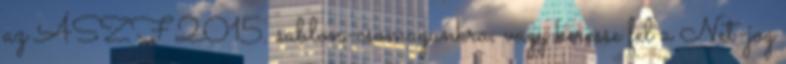
az ÁSZF 2015. sablon-csomagunkra, vagy keresse fel a Net-jog